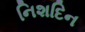
નિશદિન